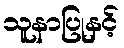
သူနာပြုနှင့်